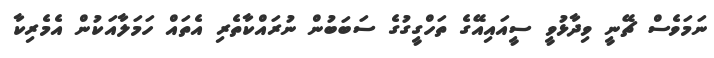
ނަމަވެސް ޗޭނީ ވިދާޅުވީ ސީއައިއޭގެ ތަހްގީގުގެ ސަބަބުން ނުރައްކާތެރި އެތައް ހަމަލާއަކުން އެމެރިކާ